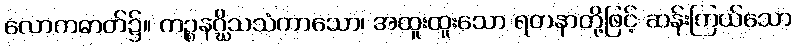
လောကဓာတ်၌။ ကဉ္စနဂ္ဃိသသံကာသော၊ အထူးထူးသော ရတနာတို့ဖြင့် ဆန်းကြယ်သော